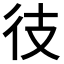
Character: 𫹍